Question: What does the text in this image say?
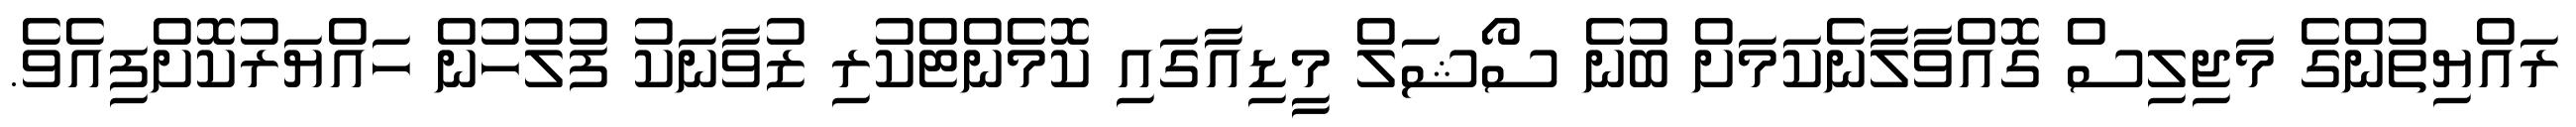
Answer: ރައްޔިތުންގެ މަޖިލިސް ގޮއްވާލާނެކަމަށް ބުނެ ސޯޝަލް މީޑިއާގައި ކޮމެންޓްކުރި ޒުވާނަކު ފުލުހުން ހައްޔަރުކޮށްފިއެވެ.